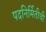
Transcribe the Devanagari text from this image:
पदनिर्मितीची